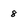
Character: 8